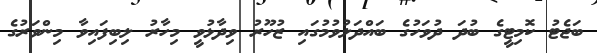
ބަޖެޓު ކޮމިޓީގެ ބުދަ ދުވަހުގެ ބައްދަލުވުމުގައި ޒުހޫރު ވިދާޅުވީ މިހާރު ލިބިފައިވާ މިންވަރުގެ